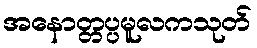
အနောတ္တပ္ပမူလကသုတ်